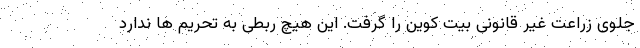
جلوی زراعت غیر قانونی بیت کوین را گرفت. این هیچ ربطی به تحریم ها ندارد